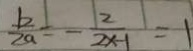
\frac { b } { 2 a } = - \frac { 2 } { 2 x - 1 } = 1